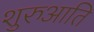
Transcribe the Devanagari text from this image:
शुरुआति